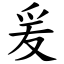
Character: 爰